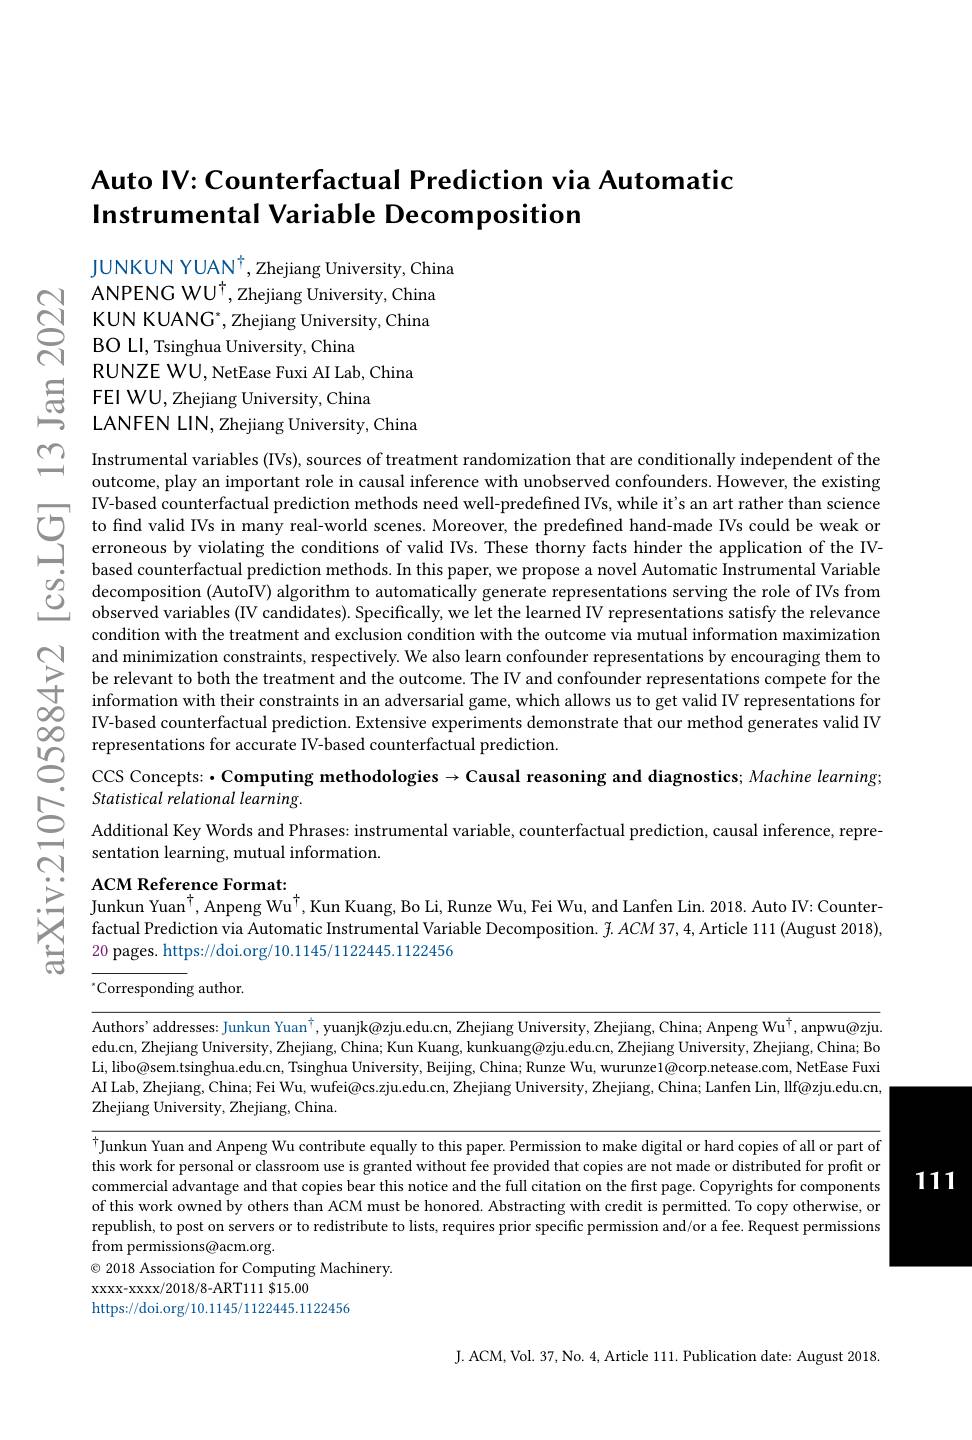
## Auto IV:Counterfactual Prediction via Automatid Instrumental Variable Decomp

JUNKUN YUAN$^\dagger$,Zhejiang Uni
ANPENG WU$^\dagger$,Zhejiang Unive $\begin{array}{ll}\mathrm{ANPENG~WU^{\dagger},Zhejiang~University,China}\\\mathrm{Cj}&\mathrm{KUN~KUANG^{*},Zhejiang~University,~China}\\\mathrm{BO~LI,Tsinghua~University,~China}\end{array}$
RUNZE WU, NetEase Fuxi AI La
S FEI WU, Zhejiang Universit

$\sum_{i=1}^{\infty}$ Instrumental v
outcome, play an important r V- based counterfactual p
condition with the treatment
$\begin{array}{llll}&\text{and minimization constraints, respectively.We also learn confounder representations by encouraging them to St be relevant to both the treatment and the outcome. The V and confounder representations compete for the\\\hline\forall\:\mathrm{information~with~their~con$
00
representations for accurate
$ഇ$

CCS Concepts: ·Computing met $\sum_{\text{sentational relational learning.}}^{Statistical\text{ relational learning.}}$Additional Key Words and Phrases: instrumental variable, counterfactual prediction, causal inference, repre-

sentation learning, mutual i

$Nj$

ACM Reference Format:
Junkun Yuan$^\dagger$, Anpeng Wu$^\dagger$,Kun Kuang, Bo Li, Runze Wu, Fei Wu, and Lanfen Lin. 2018. Auto IV: Counterfactual Prediction via Automatic Instrumental Variable Decomposition. $\tilde{f}.ACM$ 37, 4, Article 111 (August 2018), 20 pages. https://doi.org/10.1145/1122445.1122456

${}^{\star}$Corresponding author.

Authors' addresses: Junkun Yuan$^\dagger$, yuanjk@zju.edu.cn, Zhejiang University, Zhejiang, China; Anpeng Wu$^\dagger$, anpwu@zju edu.cn, Zhejiang University, Zhejiang, China; Kun Kuang, kunkuang@zju.edu.cn, Zhejiang University, Zhejiang, China; Bo Li, libo@sem.tsinghua.edu.cn, Tsinghua University, Beijing, China; Runze Wu, wurunze1@corp.netease.com, NetEase Fuxi AI Lab, Zhejiang, China; Fei Wu, wufei@cs.zju.edu.cn, Zhejiang University, Zhejiang, China; Lanfen Lin, llf@zju.edu.cn, Zhejiang University, Zhejiang, China.

$^{\dagger}$Junkun Yuan and Anpeng Wu contribute equally to this paper. Permission to make digital or hard copies of all or part of this work for personal or classroom use is granted without fee provided that copies are not made or distributed for profit or commercial advantage and that copies bear this notice and the full citation on the first page. Copyrights for components of this work owned by others than ACM must be honored. Abstracting with credit is permitted. To copy otherwise, or republish, to post on servers or to redistribute to lists, requires prior specific permission and/or a fee. Request permissions from permissions@acm.org.
$\textcircled{\circ}$ 2018 Association for Computing Machinery
XXXX-XXXX/2018/8-ART111 $15.00
https://doi.org/10.1145/1122445.1122456

111

J. ACM, Vol. 37, No. 4, Article 111. Publication date: August 2018